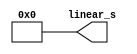
// In the name of Allah

module keccak_init(
    output [1599:0] linear_s
    );
    
    wire [63:0] s [0:24];
    
    generate
        genvar x;
		for (x = 0; x < 25; x = x + 1) begin
		    assign s[x] = 0;
			assign linear_s[64 * x + 63:64 * x] = s[x];
		end
	endgenerate
	
endmodule